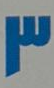
3